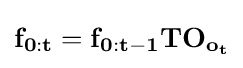
\mathbf {f_{0:t}} =\mathbf {f_{0:t-1}} \mathbf {T} \mathbf {O_{o_{t}}}